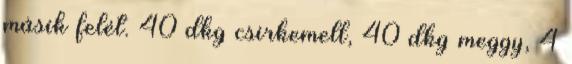
másik felét. 40 dkg csirkemell, 40 dkg meggy, 4